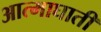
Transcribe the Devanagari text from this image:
आत्माघाती